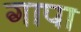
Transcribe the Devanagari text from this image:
गापा